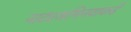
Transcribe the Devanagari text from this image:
नाट्यअभिनयाकडे